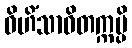
ဝိဟိံသာဝိတက္ကမ္ပိ